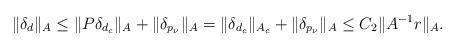
LaTeX: \begin{align*}\|\delta_{d}\|_A \le \|P\delta_{d_c}\|_A + \|\delta_{p_\nu}\|_A = \|\delta_{d_c}\|_{A_c} + \|\delta_{p_\nu}\|_A \le C_2 \|A^{-1}r\|_A .\end{align*}